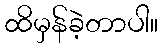
ထိမှန်ခဲ့တာပါ။